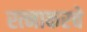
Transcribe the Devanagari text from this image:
रत्‍नाकरचे